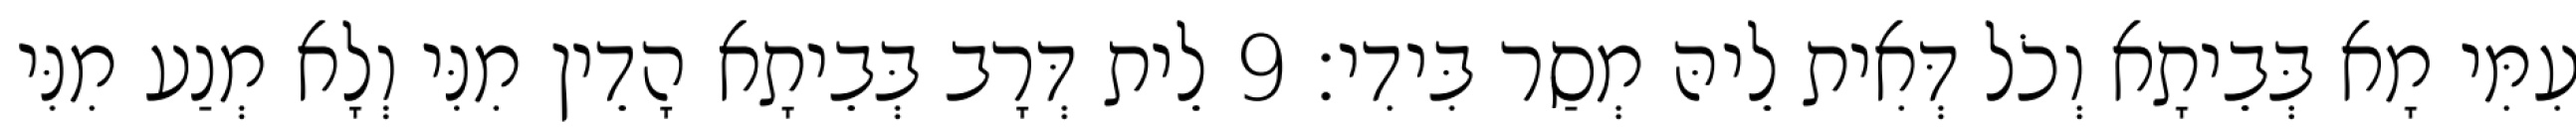
עִמִּי מָא בְּבֵיתָא וְכֹל דְּאִית לֵיהּ מְסַר בִּידִי׃ 9 לֵית דְּרָב בְּבֵיתָא הָדֵין מִנִּי וְלָא מְנַע מִנִּי